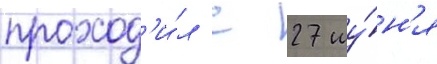
проход'и́л с 27 иу́н'я